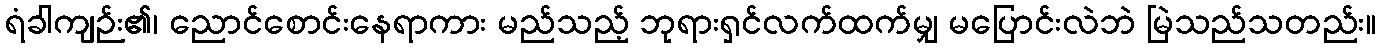
ရံခါကျဉ်း၏၊ ညောင်စောင်းနေရာကား မည်သည့် ဘုရားရှင်လက်ထက်မျှ မပြောင်းလဲဘဲ မြဲသည်သတည်း။